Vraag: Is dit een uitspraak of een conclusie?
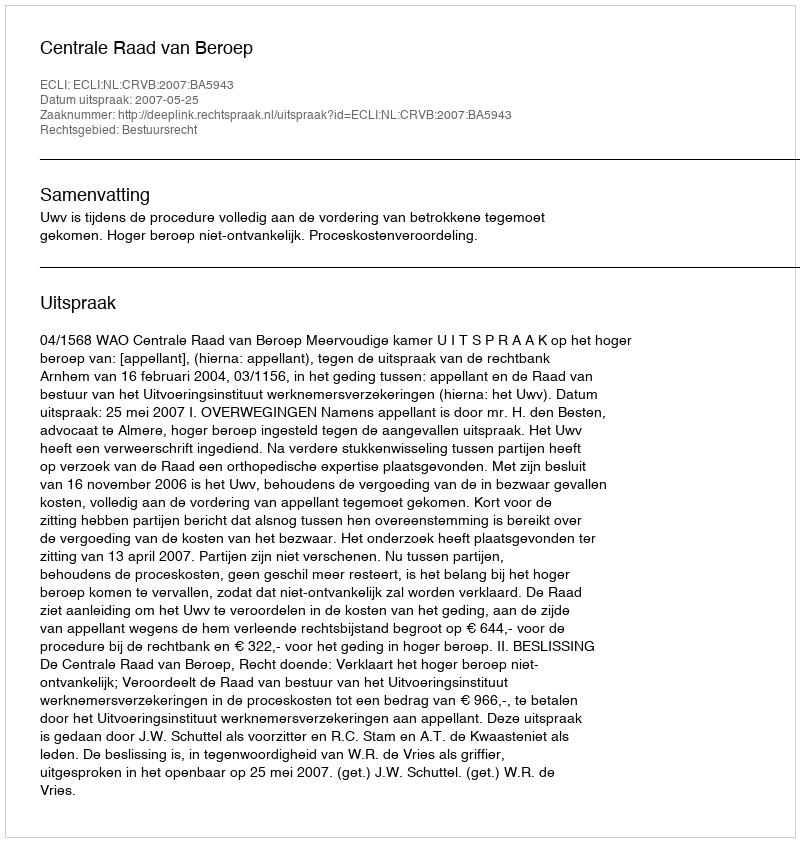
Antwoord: Uitspraak